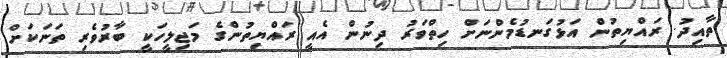
ތާއިދު. ރައްޔިތުން އަޅުގަނޑުމެންނަށް ހިތްވަރު ދިނުން އެއީ ރައްޔިތުންގެ މަޖިލީހަކީ ބާރުވެރި ތަނަކަށް